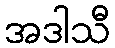
အဒါသီ